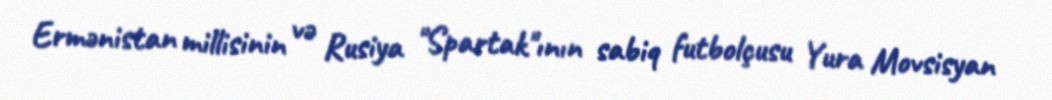
Ermənistan millisinin və Rusiya "Spartak"ının sabiq futbolçusu Yura Movsisyan